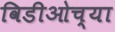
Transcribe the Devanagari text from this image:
विडीओच्या